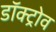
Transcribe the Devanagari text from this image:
डॉक्ट्रोव